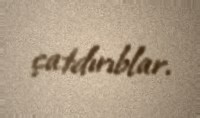
çatdırıblar.